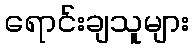
ရောင်းချသူများ